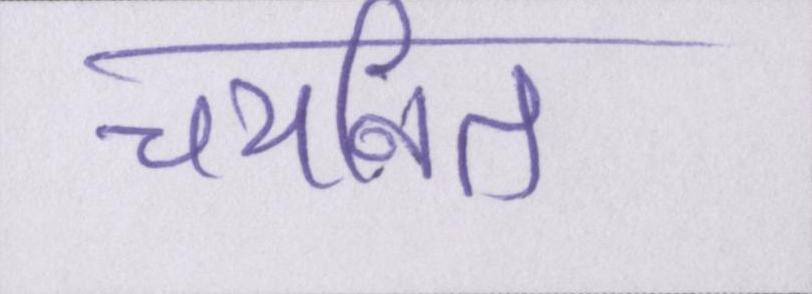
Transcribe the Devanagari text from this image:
चयनित